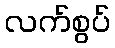
လက်စွပ်